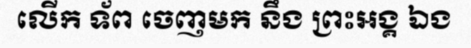
លើក ទ័ព ចេញមក នឹង ព្រះអង្គ ឯង